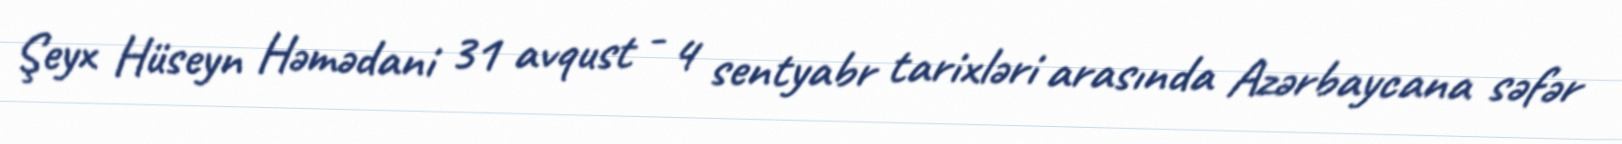
Şeyx Hüseyn Həmədani 31 avqust - 4 sentyabr tarixləri arasında Azərbaycana səfər